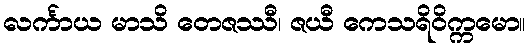
လင်္ကာယ မာသိ တေဇဿီ၊ ဇယီ ကေသရိဝိက္ကမော။